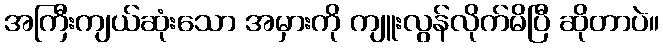
အကြီးကျယ်ဆုံးသော အမှားကို ကျူးလွန်လိုက်မိပြီ ဆိုတာပဲ။